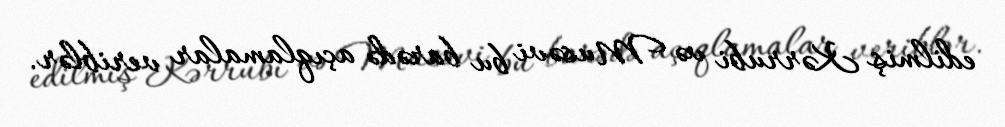
edilmiş Kərrubi və Musəvi bu barədə açıqlamalar veriblər.